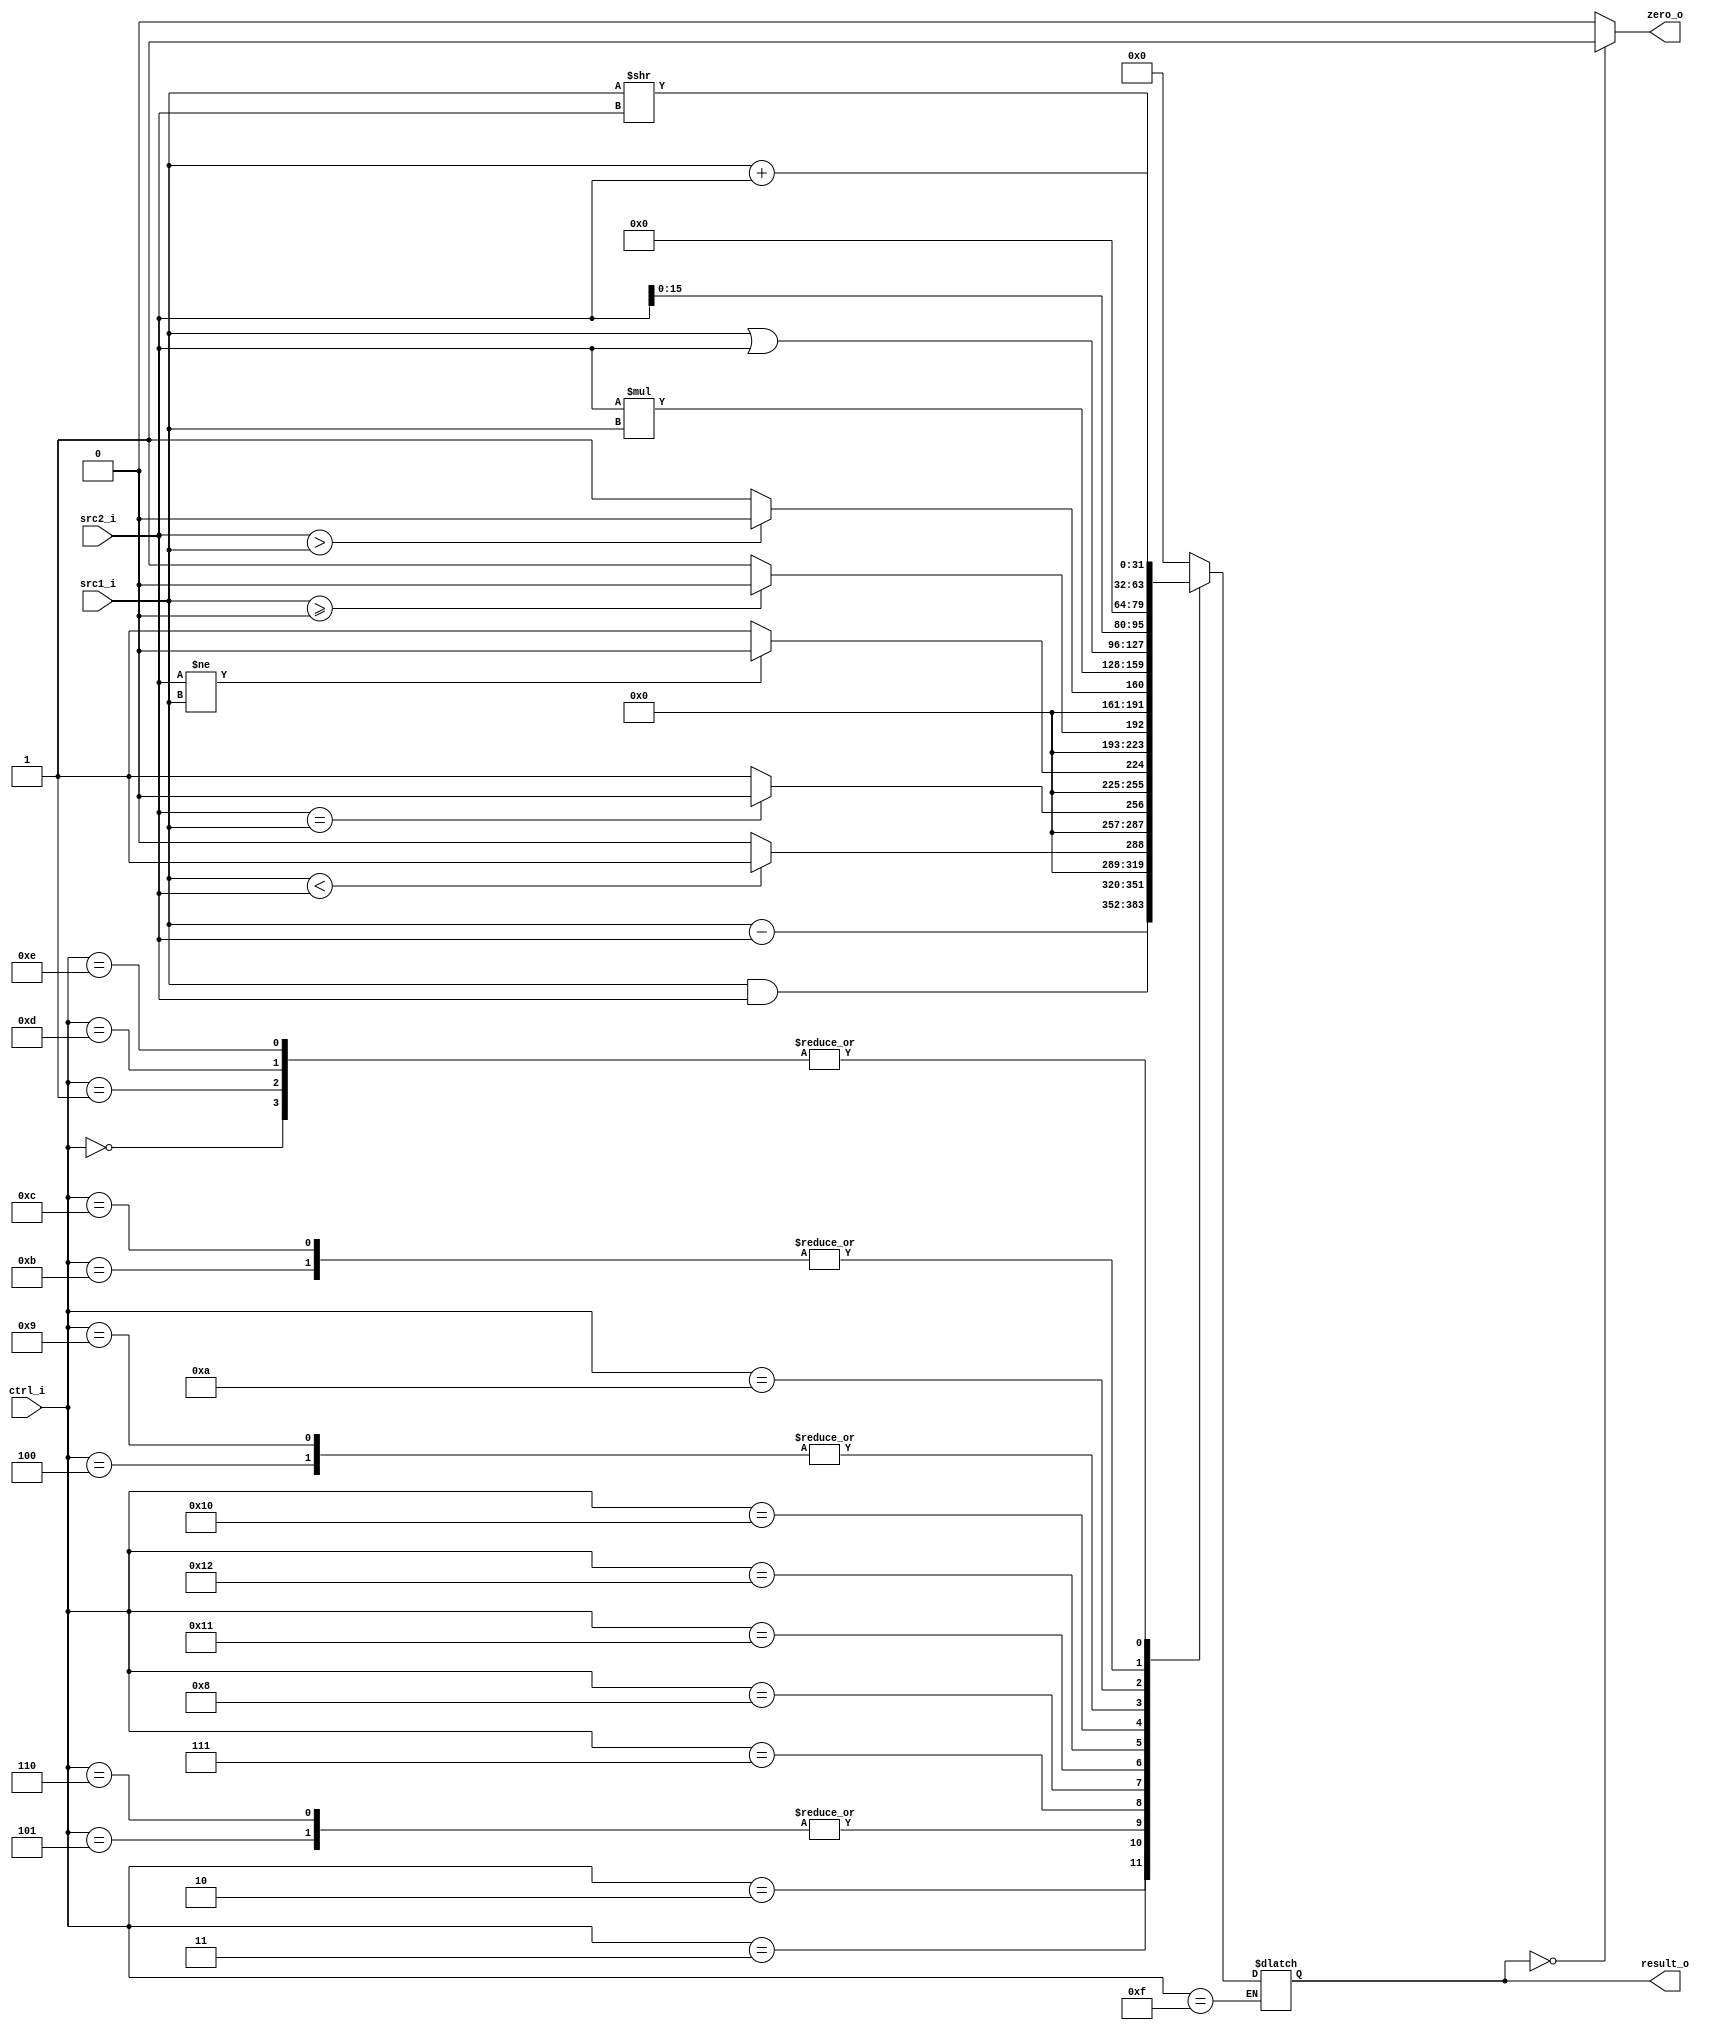
//Subject:     CO project 2 - ALU
//--------------------------------------------------------------------------------
//Version:     1
//--------------------------------------------------------------------------------
//Writer:      
//----------------------------------------------
//Date:        
//----------------------------------------------
//Description: 
//--------------------------------------------------------------------------------


//02112290211261


module ALU(
    src1_i,
	src2_i,
	ctrl_i,
	result_o,
	zero_o
	);
     
//I/O ports
input  [32-1:0]  src1_i;
input  [32-1:0]	 src2_i;
input  [5-1:0]   ctrl_i;

output [32-1:0]	 result_o;
output           zero_o;
reg zero_o;


//Internal signals
reg    [32-1:0]  result_o;


//Parameter
  always @( * )
  begin
  if(result_o==0)
  zero_o= 1;
  else
  zero_o=0;  
  end
  
  
  always @( * )
  begin
  case(ctrl_i)
  5'b0000: result_o<=src1_i+src2_i;

  5'b0001:result_o<=src1_i+src2_i;
  
  5'b0010: result_o<=src1_i-src2_i;

  5'b0011:result_o<=src1_i & src2_i;
 
  5'b0100:result_o<=src1_i | src2_i;

  5'b0101:
  begin
  if(src1_i<src2_i)
  result_o<=32'd1;
  else
  result_o<=32'd0;
  end
  
  
  5'b0110:
  begin
  if(src1_i<src2_i)
  result_o<=32'd1;
  else
  result_o<=32'd0;
  end
  
  5'b0111:
  begin
  if(src2_i==src1_i)
  result_o<=32'd0;
  else 
  result_o<=32'd1;
  end
  
  5'b1000:
  begin
  if(src2_i!=src1_i)
  result_o<=0;
  else 
  result_o<=32'd1;
  end
  
  5'd17:
  begin
  if(src1_i>=0)
  result_o<=0;
  else 
  result_o<=32'd1;
 end
  
  5'd18:
  begin
  if(src2_i>src1_i)
  result_o<=0;
  else 
  result_o<=32'd1;
 end
 
 
  5'd16:result_o<=src2_i*src1_i;
 

 
 
  5'b1001:result_o<=src1_i | src2_i;
 
  5'b1010:result_o<=src2_i<<16;
 
  5'b1011:result_o<=src1_i>>src2_i; 
 
  5'b1100:result_o<=src1_i>>src2_i; 
  5'd13:result_o<=src1_i+src2_i;//lw
  5'd14:result_o<=src1_i+src2_i;//sw
  5'd15:;//j
  default:result_o<=32'd0;
   
  endcase
  end





	

  
  
	





endmodule